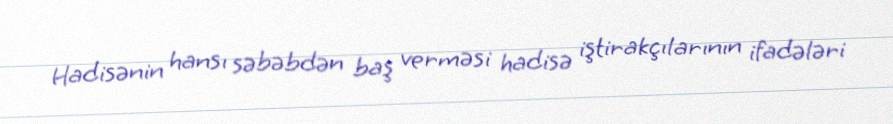
Hadisənin hansı səbəbdən baş verməsi hadisə iştirakçılarının ifadələri